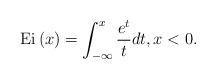
LaTeX: \begin{align*} {\rm{Ei}}\left( x \right) = \int\nolimits_{ - \infty }^x {\frac{{{e^t}}}{t}dt} ,{\rm{ }}x < 0.\end{align*}